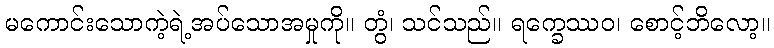
မကောင်းသောကဲ့ရဲ့အပ်သောအမှုကို။ တွံ၊ သင်သည်။ ရက္ခေဿဝ၊ စောင့်ဘိလော့။